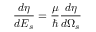
\frac { d \eta } { d E _ { s } } = \frac { \mu } { \hbar } \frac { d \eta } { d \Omega _ { s } }